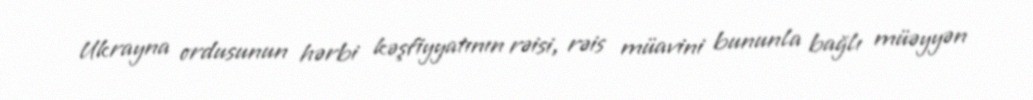
Ukrayna ordusunun hərbi kəşfiyyatının rəisi, rəis müavini bununla bağlı müəyyən